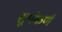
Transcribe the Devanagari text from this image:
शूर्पकर्ण